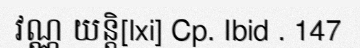
វណ្ណ យន្តិ[lxi] Cp. Ibid . 147